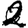
Digit: 2